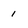
Character: I